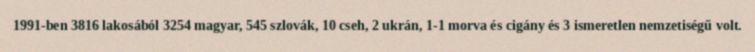
1991-ben 3816 lakosából 3254 magyar, 545 szlovák, 10 cseh, 2 ukrán, 1-1 morva és cigány és 3 ismeretlen nemzetiségű volt.